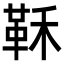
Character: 鞂